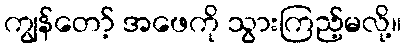
ကျွန်တော့် အဖေကို သွားကြည့်မလို့။